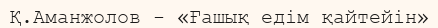
Қ.Аманжолов - «Ғашық едім қайтейін»